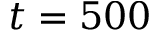
t = 5 0 0